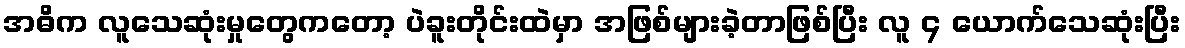
အဓိက လူသေဆုံးမှုတွေကတော့ ပဲခူးတိုင်းထဲမှာ အဖြစ်များခဲ့တာဖြစ်ပြီး လူ ၄ ယောက်သေဆုံးပြီး